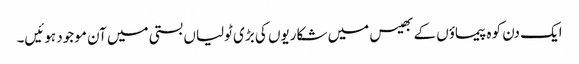
ایک دن کوہ پیماؤں کے بھیس میں شکاریوں کی بڑی ٹولیاں بستی میں آن موجود ہوئیں۔